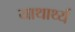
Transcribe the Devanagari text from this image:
याथार्थ्य